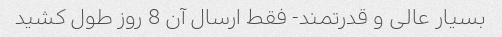
بسیار عالی و قدرتمند- فقط ارسال آن 8 روز طول کشید